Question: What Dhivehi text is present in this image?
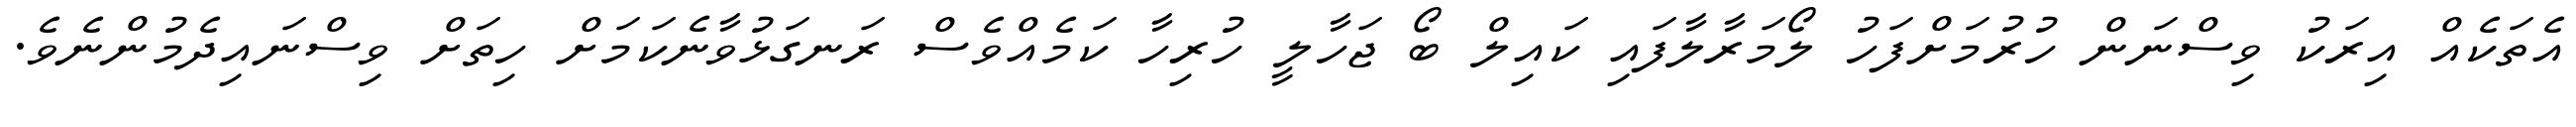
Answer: އެތަކެއް އިރަކު ވިސްނަން ހުރުމަށްފަހު ލޯމަރާލާފައި ކައިލް ބޯ ޖަހާލީ ހުރިހާ ކަމެއްވެސް ރަނގަޅުވާނެކަމަށް ހިތަށް ވިސްނައިދެމުންނެވެ.